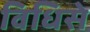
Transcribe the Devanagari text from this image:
विधिसे